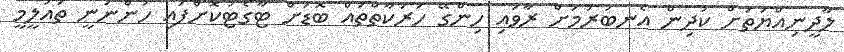
ލާދީނިއްޔަތަށް ކުދިން އެނބުރުމަށް ރާވައި ހިންގޭ ހަރަކާތްތައް ބޮޑަށް ޓާގެޓުކޮށްފައި ހުންނަނީ ތައުލީމީ